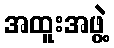
အထူးအဖွဲ့